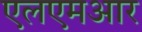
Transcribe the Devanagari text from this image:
एलएमआर